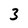
Character: 3